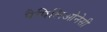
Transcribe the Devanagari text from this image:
पैपिलिओनेसी